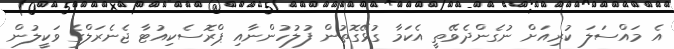
އެ މައްސަލަ ކުރިއަށް ނުގެންދެވޭތީ އެކަމާ ގުޅޭގޮތުން ފުލުހުންނާއި ޕްރޮސެކިއުޓާ ޖެނެރަލްގެ ވަކީލުން